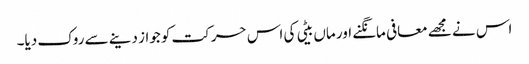
اس نے مجھے معافی مانگنے اور ماں بیٹی کی اس حرکت کو جواز دینے سے روک دیا۔